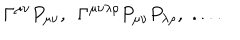
\Gamma ^ { \mu \nu } P _ { \mu \nu } , \, \, \, \Gamma ^ { \mu \nu \lambda \rho } P _ { \mu \nu } P _ { \lambda \rho } , \, \, . . . .